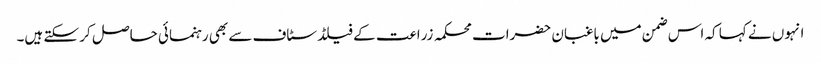
انہوں نے کہا کہ اس ضمن میں باغبان حضرات محکمہ زراعت کے فیلڈ سٹاف سے بھی رہنمائی حاصل کر سکتے ہیں۔